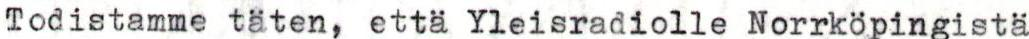
Todistamme täten, että Yleisradiolle Norrköpingistä